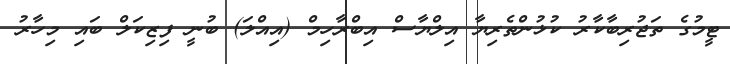
ޓީމުގެ ތަޖުރިބާކާރު ކުޅުންތެރިޔާ އިލްޔާސް އިބްރާހިމް (އިއްލަ) ބުނީ ފިޒިކަލް ބައި މިހާރު